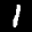
Label: 1